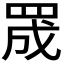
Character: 𮊅